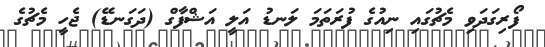
ފޯރިގަދަވި މެޗުގައި ނިއުގެ ފުރަތަމަ ލަނޑު އަލީ އަޝްފާގް (ދަގަނޑޭ) ޖެހީ މެޗުގެ